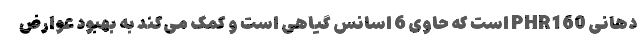
دهانی PHR160 است که حاوی 6 اسانس گیاهی است و کمک می‌کند به بهبود عوارض